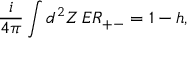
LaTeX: \frac { i } { 4 \pi } \int d ^ { 2 } Z \, E R _ { + - } = 1 - h ,